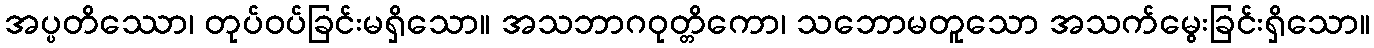
အပ္ပတိဿော၊ တုပ်ဝပ်ခြင်းမရှိသော။ အသဘာဂဝုတ္တိကော၊ သဘောမတူသော အသက်မွေးခြင်းရှိသော။